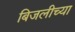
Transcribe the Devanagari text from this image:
बिजलीच्या